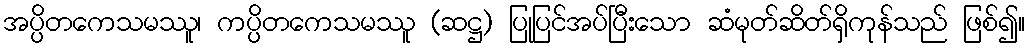
အပ္ပိတကေသမဿူ၊ ကပ္ပိတကေသမဿူ (ဆဋ္ဌ) ပြုပြင်အပ်ပြီးသော ဆံမုတ်ဆိတ်ရှိကုန်သည် ဖြစ်၍။